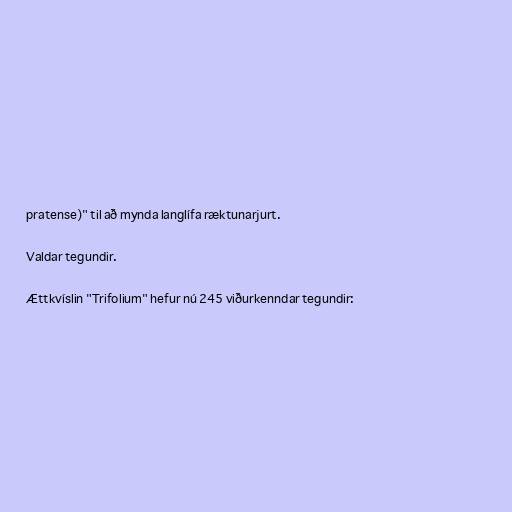
pratense)" til að mynda langlífa ræktunarjurt.

Valdar tegundir.

Ættkvíslin "Trifolium" hefur nú 245 viðurkenndar tegundir: